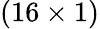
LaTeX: (16\times 1)